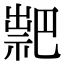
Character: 𥛁